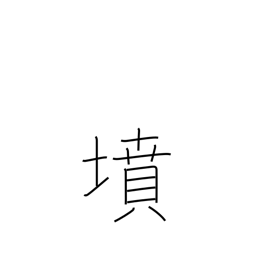
Meaning: tomb